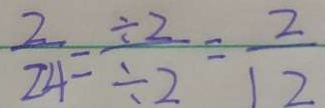
\frac { 2 } { 2 4 } = \frac { \div 2 } { \div 2 } = \frac { 2 } { 1 2 }